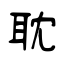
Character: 耽